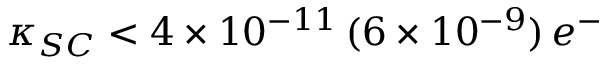
\kappa _ { S C } < 4 \times 1 0 ^ { - 1 1 } \, ( 6 \times 1 0 ^ { - 9 } ) \, e ^ { - }